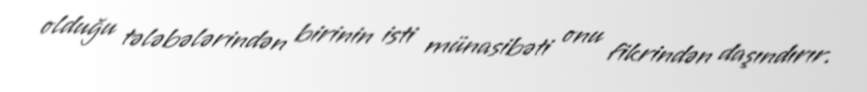
olduğu tələbələrindən birinin isti münasibəti onu fikrindən daşındırır.